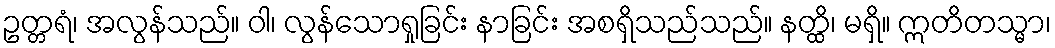
ဥတ္တရံ၊ အလွန်သည်။ ဝါ၊ လွန်သောရှုခြင်း နာခြင်း အစရှိသည်သည်။ နတ္ထိ၊ မရှိ။ ဣတိတသ္မာ၊